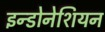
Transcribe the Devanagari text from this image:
इन्डोनेशियन